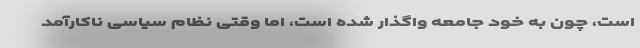
است، چون به خود جامعه واگذار شده است، اما وقتی نظام سیاسی ناکارآمد